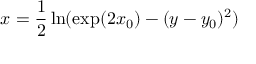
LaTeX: x = { \frac { 1 } { 2 } } \ln ( \exp ( 2 x _ { 0 } ) - ( y - y _ { 0 } ) ^ { 2 } )